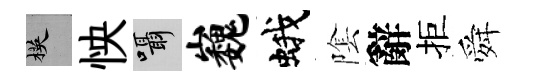
楧怏囁巍蛾隂辭拒舜